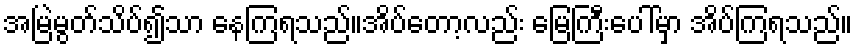
အမြဲမွတ်သိပ်၍သာ နေကြရသည်။အိပ်တော့လည်း မြေကြီးပေါ်မှာ အိပ်ကြရသည်။